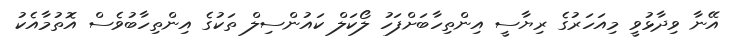
އޭނާ ވިދާޅުވީ މިއަހަރުގެ ރިޔާސީ އިންތިހާބަށްފަހު ލޯކަލް ކައުންސިލް ތަކުގެ އިންތިހާބުވެސް އޮތުމާއެކު